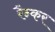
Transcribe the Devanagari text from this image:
रैन्कर